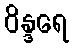
ဝိန္ဒရေ